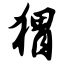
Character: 猬